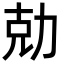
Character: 勀